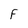
Character: F